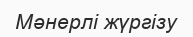
Мәнерлі жүргізу